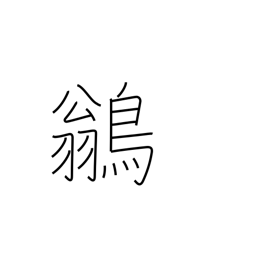
Meaning: peewee